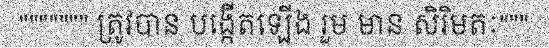
""""""" ត្រូវបាន បង្កើតឡើង រួម មាន សិរិមតៈ"""